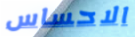
الاحساس